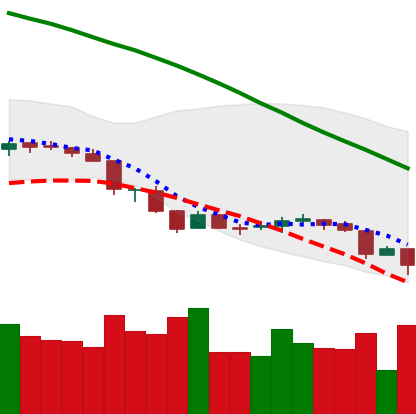
Ticker: NEO-USD
Chart end date: 2018-06-24
Forward return: -5.214%
Label: down_5_7